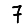
Digit: 7